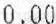
0.00